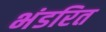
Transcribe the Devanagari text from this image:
भंडरित